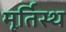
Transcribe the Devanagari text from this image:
मूर्तिस्थ